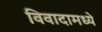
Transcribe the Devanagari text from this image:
विवादामध्ये